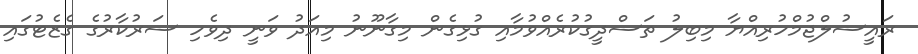
ރައީސުލްޖުމްހުރިއްޔާ މިބިލު ތަސްދީގުކުރެއްވުމާއި ގުޅިގެން މިގާނޫނު މިއަދު ވަނީ ދިވެހި ސަރުކާރުގެ ގެޒެޓުގައި